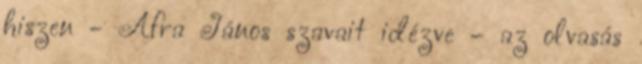
hiszen - Áfra János szavait idézve – az olvasás